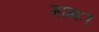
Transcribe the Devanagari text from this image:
माग्शर